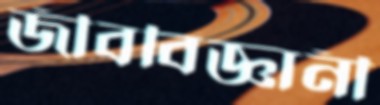
জীববিজ্ঞানী